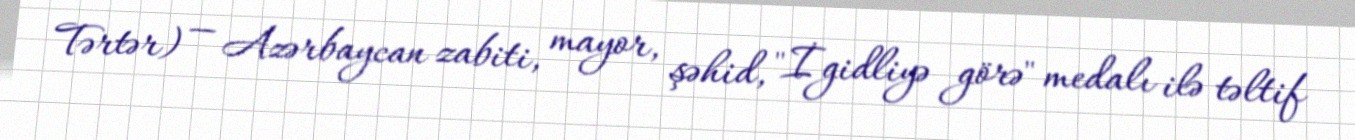
Tərtər) — Azərbaycan zabiti, mayor, şəhid, "İgidliyə görə" medalı ilə təltif